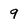
Character: 9